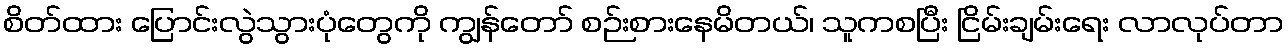
စိတ်ထား ပြောင်းလွဲသွားပုံတွေကို ကျွန်တော် စဉ်းစားနေမိတယ်၊ သူကစပြီး ငြိမ်းချမ်းရေး လာလုပ်တာ